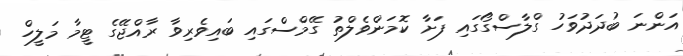
އަންނަ ބުދަދުވަހު ގްލާސްގޯގައި ފަށާ ކޮމަންވެލްތު ގޭމްސްގައި ބައިވެރިވާ ރާއްޖޭގެ ޓީމާ މަލީހް